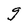
Character: g